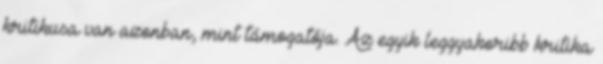
kritikusa van azonban, mint támogatója. Az egyik leggyakoribb kritika